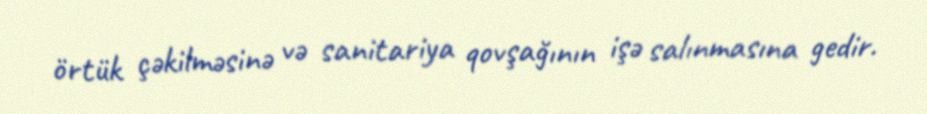
örtük çəkilməsinə və sanitariya qovşağının işə salınmasına gedir.